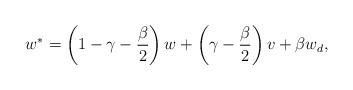
LaTeX: \begin{align*}w^*=\left(1-\gamma-\frac{\beta}{2}\right)w+\left(\gamma-\frac{\beta}{2}\right)v+\beta w_d,\end{align*}